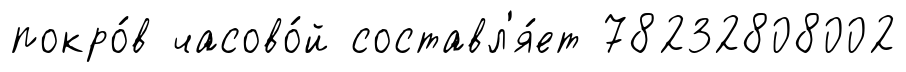
покро́в часово́й составл'я́ет 78232808002